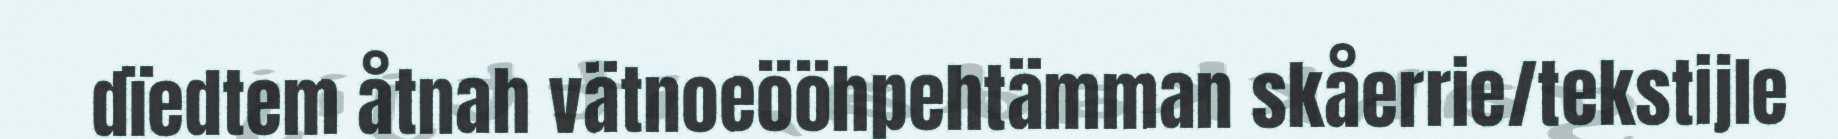
dïedtem åtnah vätnoeööhpehtämman skåerrie/tekstijle